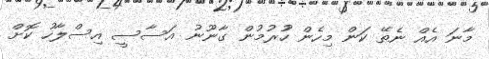
މާނަ އެއް ނެތޭ ކަން މިހެން ހުުރުމުން ގާނޫނު އަސާސީ އިސްލާހު ކޮށް